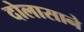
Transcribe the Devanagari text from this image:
दोलासाने